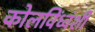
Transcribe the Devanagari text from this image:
कोलविंध्वंशी